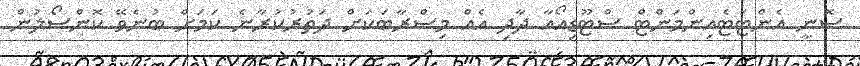
ސޮނީ އެންޓަޓެއިންމަންޓް ސްޓޫޑިއޯއާ ދާދި އެއް މިސްރާބަކަށް ދަތުރުކުރާނެ ކަމަށް ބުނެވޭ ކޮންސޯލުން